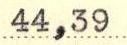
44,39